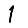
Digit: 1